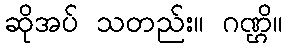
ဆိုအပ် သတည်း။ ဂဏ္ဌိ။